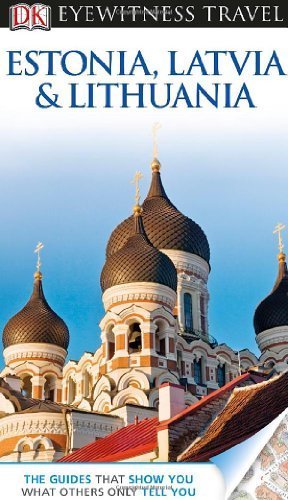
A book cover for DK Eyewitness Travel Guide: Estonia, Latvia, and Lithuania by Bousfield, Jonathan, Oates, John, Jarvis, Howard, Ochser, Ti (2013) Paperback; Jonathan, Oates, John, Jarvis, Howard, Ochser, Ti Bousfield; Travel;